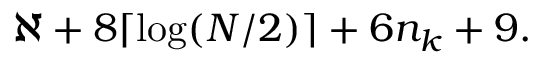
\aleph + 8 \lceil \log ( N / 2 ) \rceil + 6 n _ { k } + 9 .